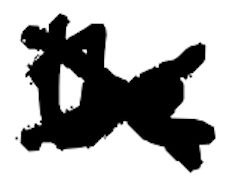
Text: the
Cross-out: cross
Writing tool: digital_black